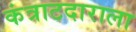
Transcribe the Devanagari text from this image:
कंत्राटदाराला